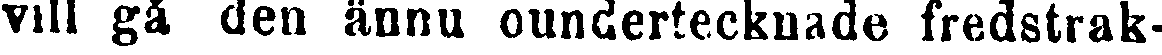
vill gå den ännu oundertecknade fredstrak-